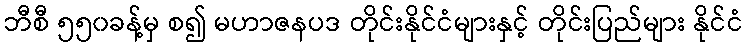
ဘီစီ ၅၅၀ခန့်မှ စ၍ မဟာဇနပဒ တိုင်းနိုင်ငံများနှင့် တိုင်းပြည်များ နိုင်ငံ